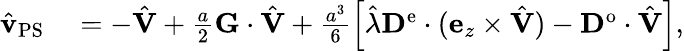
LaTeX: \begin{array}{rl}{\hat{\mathbf{v}}_{\mathrm{PS}}}&{{}=-\hat{\mathbf{V}}+\frac{a}{2}\mathbf{G}\cdot\hat{\mathbf{V}}+\frac{a^{3}}{6}\left[\hat{\lambda}\mathbf{D}^{\mathrm{e}}\cdot(\mathbf{e}_{z}\times\hat{\mathbf{V}})-\mathbf{D}^{\mathrm{o}}\cdot\hat{\mathbf{V}}\right],}\end{array}